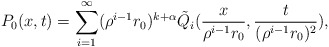
\begin{align*}P_0(x,t)= \sum_{i=1}^{\infty } (\rho^{i-1} r_0)^{k+\alpha} \tilde Q_{i}(\frac{x}{\rho^{i-1}r_0}, \frac{t}{(\rho^{i-1}r_0)^2}),\end{align*}